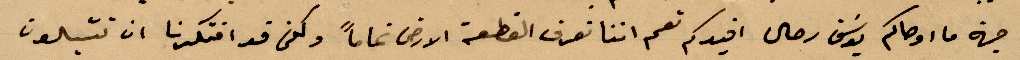
اننا نعرف القطعة الأرض تمامًا وكفى قد افتكرنا ان تشبلون